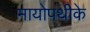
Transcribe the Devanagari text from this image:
मायोपथीके